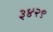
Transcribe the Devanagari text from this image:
३४२९